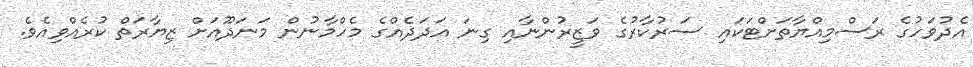
އެދުވަހުގެ ރަސްމިއްޔާތަށްޓަކައި ސަރުކާރުގެ ވަޒީރުންނާއި ގިނަ އަދަދެއްގެ މެހްމާނުން މަނަދޫއަށް ޒިޔާރަތް ކުރެއްވިއެވެ.